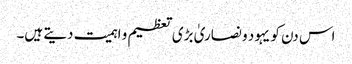
اس دن کو یہود و نصاریٰ بڑی تعظیم و اہمیت دیتے ہیں۔